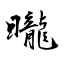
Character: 曨